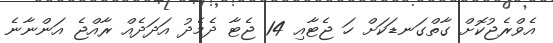
އެވްރެޖުކޮށް ގާތްގަނޑަކަށް ހަ ޖެޓާއި 14 ޖެޓާ ދެމެދު އަދަދެއް ރާއްޖެ އަންނާނެ